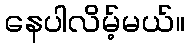
နေပါလိမ့်မယ်။